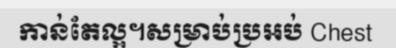
កាន់តែល្អ។សម្រាប់ប្រអប់ Chest